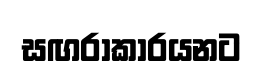
සඟරාකාරයනට